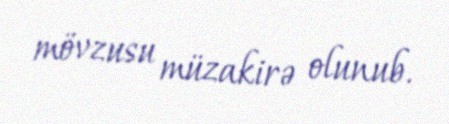
mövzusu müzakirə olunub.